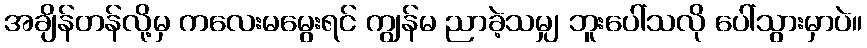
အချိန်တန်လို့မှ ကလေးမမွေးရင် ကျွန်မ ညာခဲ့သမျှ ဘူးပေါ်သလို ပေါ်သွားမှာပဲ။